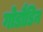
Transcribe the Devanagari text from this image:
गोडौडिन